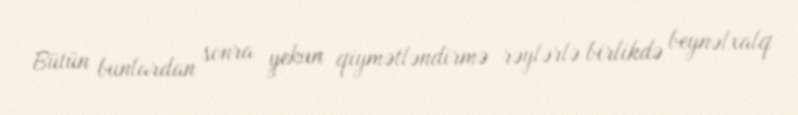
Bütün bunlardan sonra yekun qiymətləndirmə rəylərlə birlikdə beynəlxalq